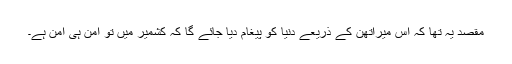
مقصد یہ تھا کہ اس میراتھن کے ذریعے دنیا کو پیغام دیا جائے گا کہ کشمیر میں تو امن ہی امن ہے۔